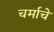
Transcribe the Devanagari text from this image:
चर्माचे